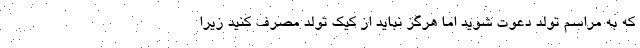
که به مراسم تولد دعوت شوید اما هرگز نباید از کیک تولد مصرف کنید زیرا